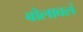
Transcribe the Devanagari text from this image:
बोलावलं